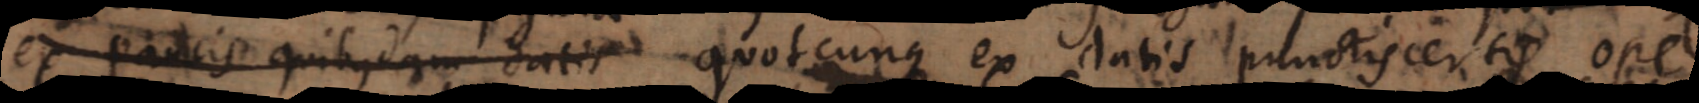
ex paucis quibusdam datis quotcunque ex datis punctis certis ope